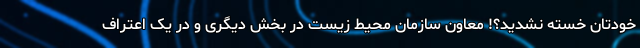
خودتان خسته نشدید؟! معاون سازمان محیط زیست در بخش دیگری و در یک اعتراف